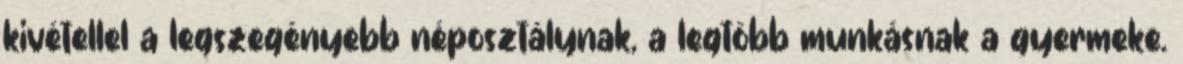
kivétellel a legszegényebb néposztálynak, a legtöbb munkásnak a gyermeke.